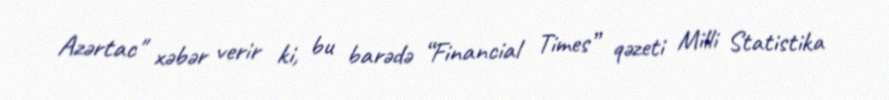
Azərtac" xəbər verir ki, bu barədə “Financial Times” qəzeti Milli Statistika